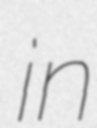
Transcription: in